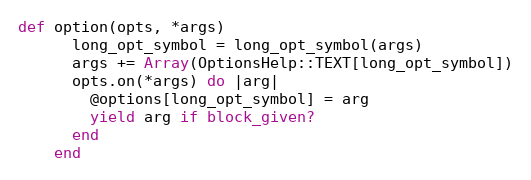
Language: Ruby
def option(opts, *args)
      long_opt_symbol = long_opt_symbol(args)
      args += Array(OptionsHelp::TEXT[long_opt_symbol])
      opts.on(*args) do |arg|
        @options[long_opt_symbol] = arg
        yield arg if block_given?
      end
    end